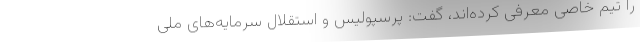
را تیم خاصی معرفی کرده‌اند، گفت: پرسپولیس و استقلال سرمایه‌های ملی